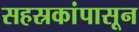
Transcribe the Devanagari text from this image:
सहस्रकांपासून